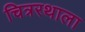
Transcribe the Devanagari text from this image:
चित्ररथाला